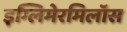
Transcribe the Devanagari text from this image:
इग्लिमेरमिलॉस